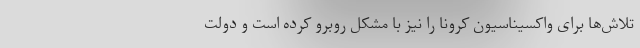
تلاش‌ها برای واکسیناسیون کرونا را نیز با مشکل روبرو کرده است و دولت